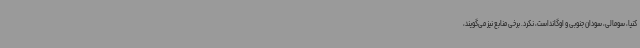
کنیا، سومالی، سودان جنوبی و اوگانداست، نکرد. برخی منابع نیز می‌گویند،